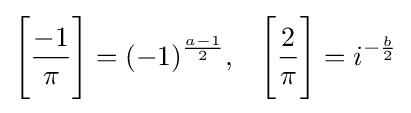
{\Bigg [}{\frac {-1}{\pi }}{\Bigg ]}=(-1)^{\frac {a-1}{2}},\;\;\;{\Bigg [}{\frac {2}{\pi }}{\Bigg ]}=i^{-{\frac {b}{2}}}